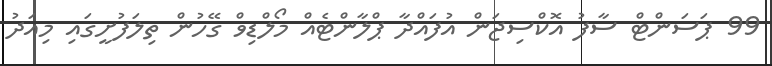
99 ޕަސަންޓް ސާފު އޮކްސިޖަން އުފައްދާ ޕްލާންޓެއް މޯލްޑިވް ގޭހުން ތިލަފުށީގައި މިއަދު